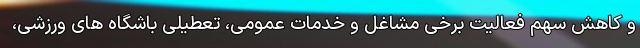
و کاهش سهم فعالیت برخی مشاغل و خدمات عمومی، تعطیلی باشگاه های ورزشی،